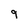
Character: 9